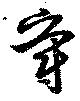
爵